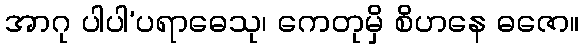
အာဂု ပါပါ’ပရာဓေသု၊ ကေတုမှိ စိဟနေ ဓဇော။